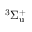
^ 3 \Sigma _ { \mathrm { u } } ^ { + }